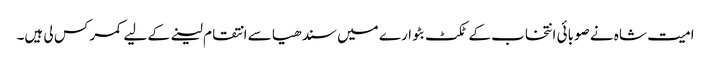
امیت شاہ نے صوبائی انتخاب کے ٹکٹ بٹوارے میں سندھیا سے انتقام لینے کے لیے کمر کس لی ہیں۔